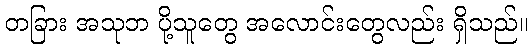
တခြား အသုဘ ပို့သူတွေ အလောင်းတွေလည်း ရှိသည်။